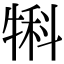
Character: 犐